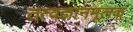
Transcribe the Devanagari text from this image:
तत्वज्ञानमूलक